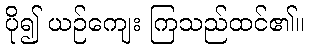
ပို၍ ယဉ်ကျေး ကြသည်ထင်၏။